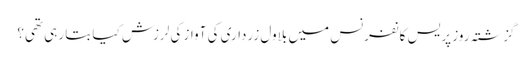
گزشتہ روز پریس کانفرنس میں بلاول زرداری کی آواز کی لرزش کیا بتا رہی تھی؟